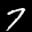
Digit: 7